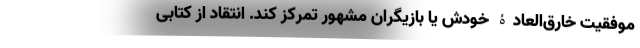
موفقیت خارق‌العادۀ خودش یا بازیگران مشهور تمرکز کند. انتقاد از کتابی